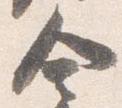
舎